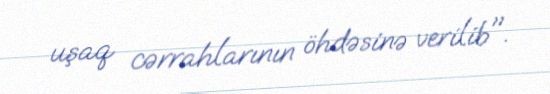
uşaq cərrahlarının öhdəsinə verilib".